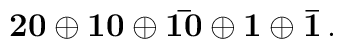
\bf 20\oplus 10\oplus\bar{10}\oplus 1\oplus\bar{1}\,.